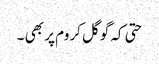
حتی کہ گوگل کروم پر بھی ۔